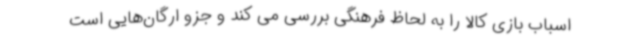
اسباب بازی کالا را به لحاظ فرهنگی بررسی می کند و جزو ارگان‌هایی است